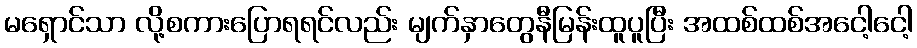
မရှောင်သာ လို့စကားပြောရရင်လည်း မျက်နှာတွေနီမြန်းထူပူပြီး အထစ်ထစ်အငေါ့ငေါ့